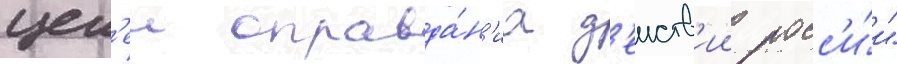
цел'еи оправда́н'иа д'еиств'ии росс'и́и"